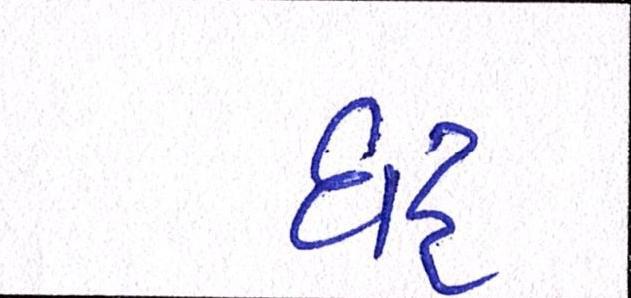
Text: ઘટ્ટ